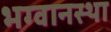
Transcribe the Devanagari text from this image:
भग्वानस्था